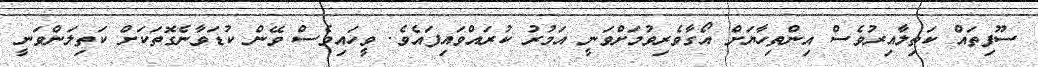
ސޫފިތައް ކަތިލާއިރުވެސް އިންތިހާޔަށް އޯގާވެރިވުމަށްވަނީ އަމުރު ކުރައްވައިފައެވެ. ވީހައިވެސް ވޭން ކުޑަވާނެގޮތަކަށް ކަތިލަންވަނީ